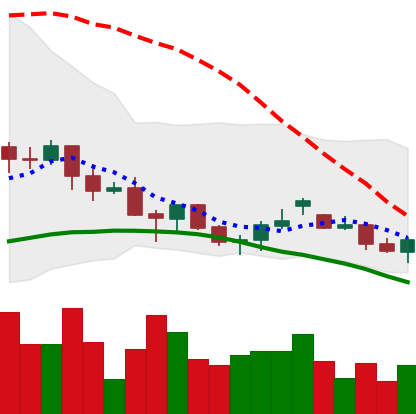
Ticker: LINK-USD
Chart end date: 2021-06-20
Forward return: -22.104%
Label: down_7plus